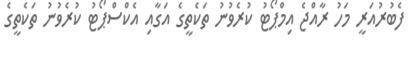
ފެބުރުއަރީ މަހު ރާއްޖެ އިމްޕޯޓު ކުރެވުނު ތަކެތީގެ އަގާއި އެކްސްޕޯޓު ކުރެވުނު ތަކެތީގެ